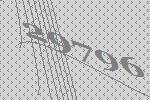
29796